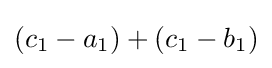
(c_{1}-a_{1})+(c_{1}-b_{1})